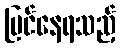
မြင်နေရသည့်